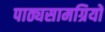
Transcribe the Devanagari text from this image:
पाठ्यसामग्रियों